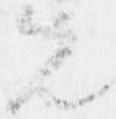
先